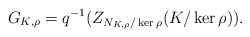
\begin{align*}G_{K,\rho}=q^{-1}(Z_{N_{K,\rho}/\ker\rho}(K/\ker\rho)).\end{align*}